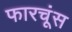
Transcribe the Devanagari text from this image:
फारचूंस